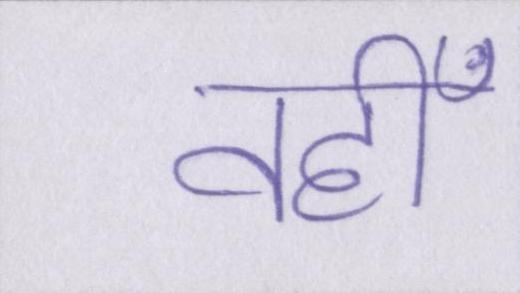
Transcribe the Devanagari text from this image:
वहीँ